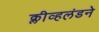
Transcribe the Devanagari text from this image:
क्लीव्हलंडने